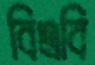
বিএবি